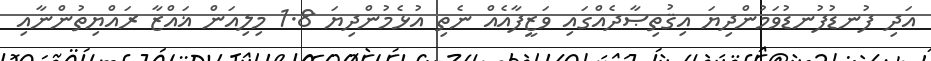
އަދި ފުނޑުފުނޑުވަމުންދިޔަ އިޤުތިޞާދެއްގައި ވަޒީފާއެއް ނެތި އުޅެމުންދިޔަ 1.8 މިލިއަން ޣައްޒާ ރައްޔިތުންނާއި